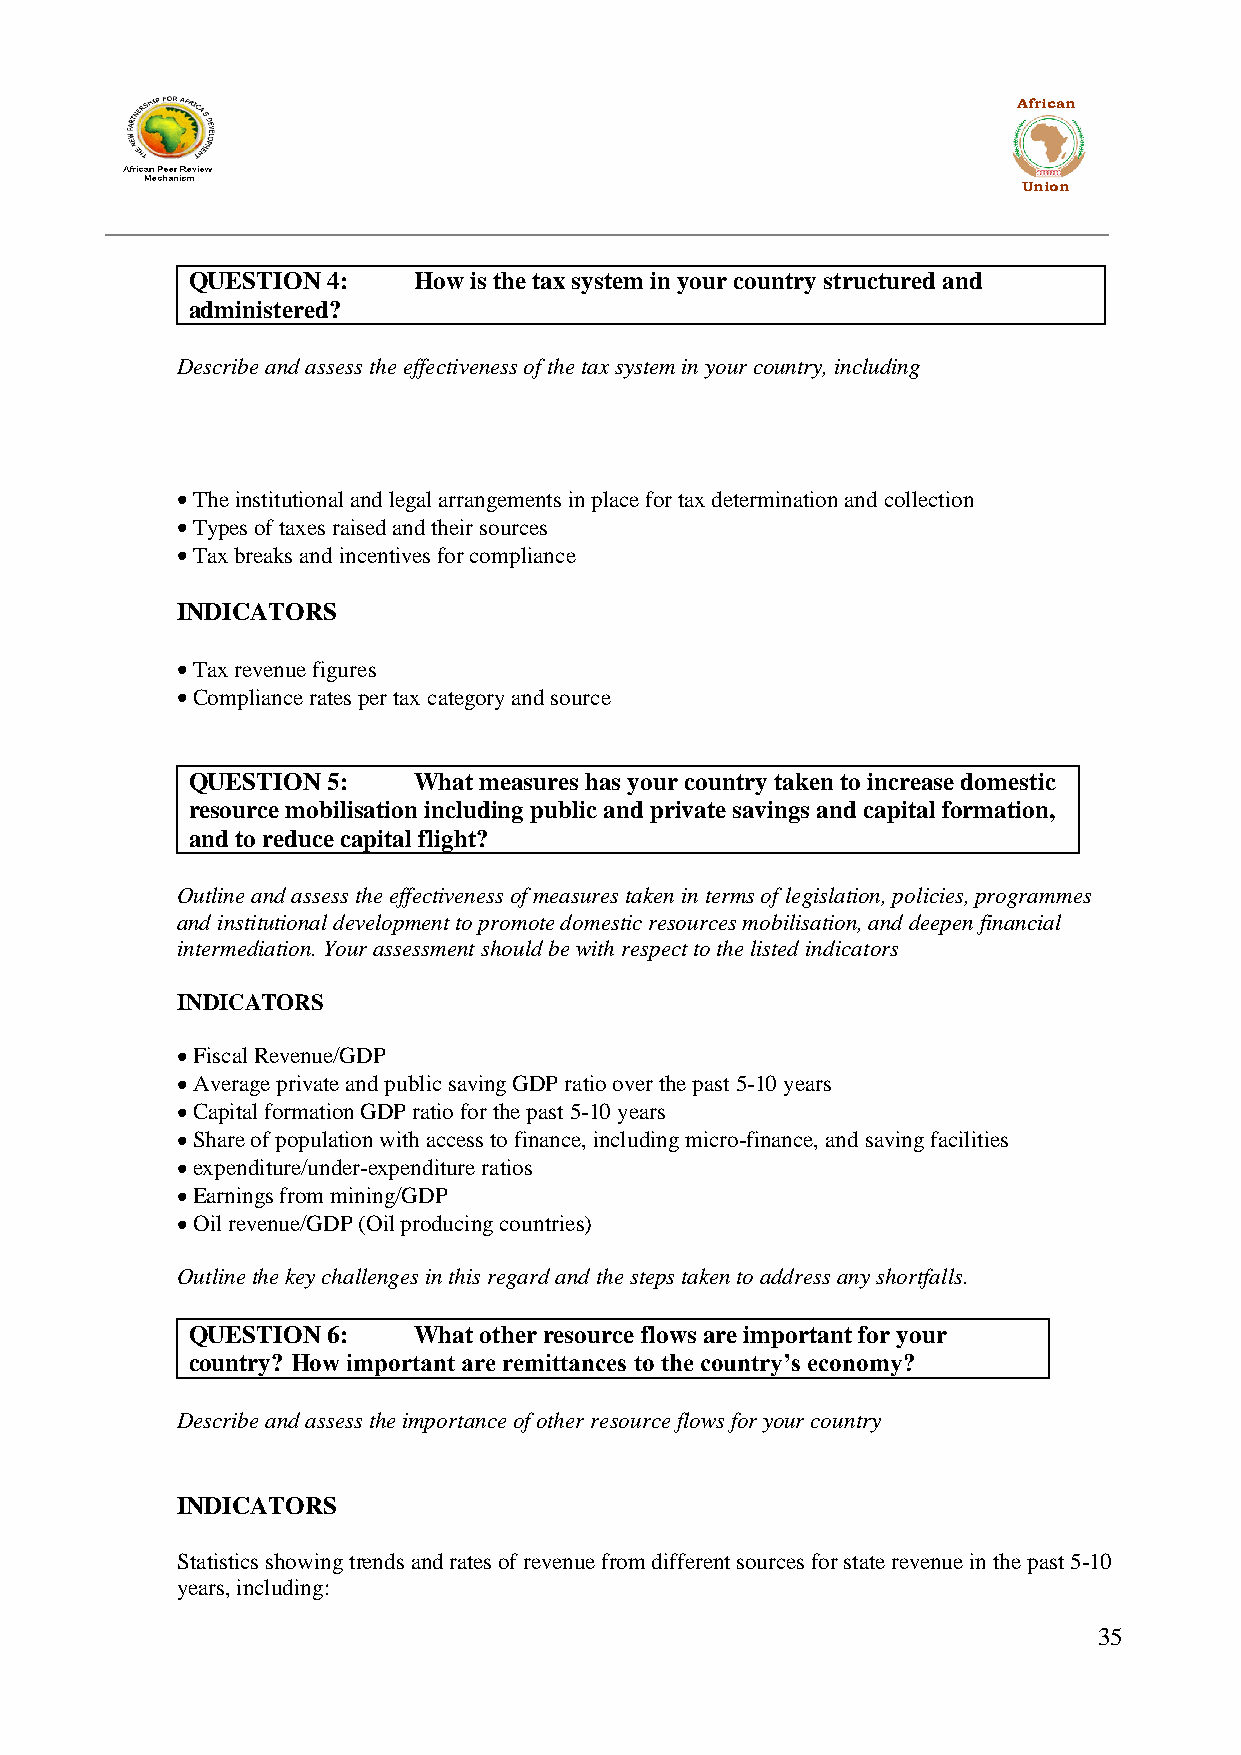
African
 Union
 QUESTION  4:   How is the tax system in your country structured and
 administered?
 Describe and assess the effectiveness of the tax system in your country, including
 The institutional and legal arrangements in place for tax determination and collection
 Types of taxes raised and their sources
 Tax breaks and incentives for compliance
 INDICATORS
 Tax revenue figures
 Compliance rates per tax category and source
 QUESTION  5:   What measures has your country taken to increase domestic
 resource mobilisation including public and private savings and capital formation,
 and to reduce capital flight?
 Outline and assess the effectiveness of measures taken in terms of legislation, policies, programmes
 and institutional development to promote domestic resources mobilisation, and deepen financial
 intermediation. Your assessment should be with respect to the listed indicators
 INDICATORS
 Fiscal Revenue/GDP
 Average private and public saving GDP ratio over the past 5-10 years
 Capital formation GDP ratio for the past 5-10 years
 Share of population with access to finance, including micro-finance, and saving facilities
 expenditure/under-expenditure ratios
 Earnings from mining/GDP
 Oil revenue/GDP (Oil producing countries)
 Outline the key challenges in this regard and the steps taken to address any shortfalls.
 QUESTION  6:   What other resource flows are important for your
 country? How important are remittances to the country’s economy?
 Describe and assess the importance of other resource flows for your country
 INDICATORS
 Statistics showing trends and rates of revenue from different sources for state revenue in the past 5-10
 years, including:
 35